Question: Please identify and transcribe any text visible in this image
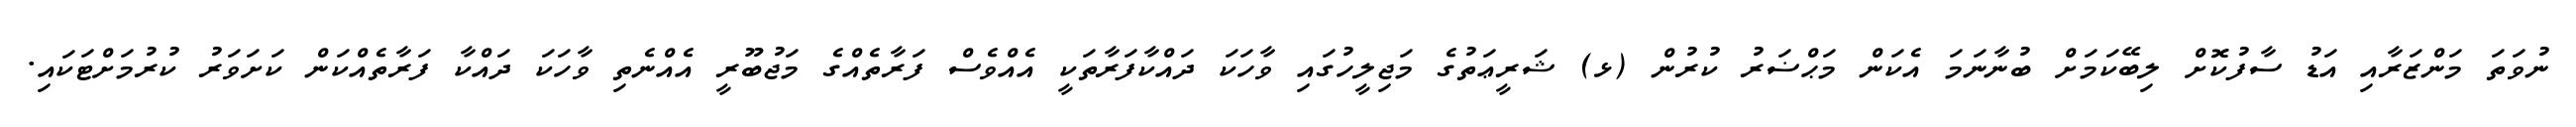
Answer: ނުވަތަ މަންޒަރާއި އަޑު ސާފުކޮށް ލިބޭކަމަށް ބުނާނަމަ އެކަން މަޙްޟަރު ކުރުން (ޅ) ޝަރީޢަތުގެ މަޖިލީހުގައި ވާހަކަ ދައްކާފަރާތަކީ އެއްވެސް ފަރާތެއްގެ މަޖުބޫރީ އެއްނެތި ވާހަކަ ދައްކާ ފަރާތެއްކަން ކަށަވަރު ކުރުމަށްޓަކައި.